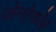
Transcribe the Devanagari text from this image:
ज़ेनोफोब